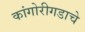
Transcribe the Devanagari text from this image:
कांगोरीगडाचे